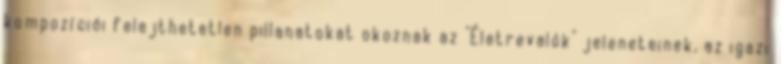
kompozíciói felejthetetlen pillanatokat okoznak az "Életrevalók" jeleneteinek, az igazi